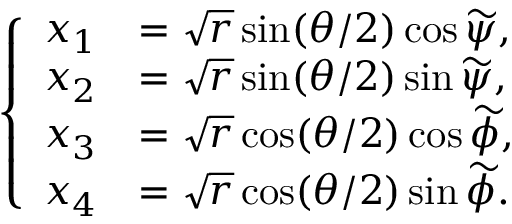
\left\{ \begin{array} { l l } { x _ { 1 } } & { = \sqrt { r } \sin ( \theta / 2 ) \cos \widetilde { \psi } , } \\ { x _ { 2 } } & { = \sqrt { r } \sin ( \theta / 2 ) \sin \widetilde { \psi } , } \\ { x _ { 3 } } & { = \sqrt { r } \cos ( \theta / 2 ) \cos \widetilde { \phi } , } \\ { x _ { 4 } } & { = \sqrt { r } \cos ( \theta / 2 ) \sin \widetilde { \phi } . } \end{array} \right.